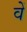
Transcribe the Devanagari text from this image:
वेें